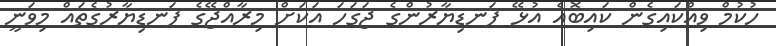
ހުކުމް ވިއްކައިގެން ކައިބޮއެ އުޅޭ ފަނޑިޔާރުންގެ ޖަގަހަ އަކަށް މިރާއްޖޭގެ ފަނޑިޔާރުގެތައް މިވަނީ